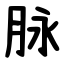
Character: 脉